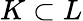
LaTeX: K\subset L